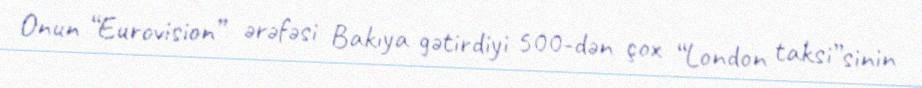
Onun “Eurovision” ərəfəsi Bakıya gətirdiyi 500-dən çox “London taksi”sinin